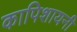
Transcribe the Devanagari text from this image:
कापिशायनी